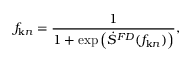
f _ { { \bf k } n } = \frac { 1 } { 1 + \exp \left( \dot { S } ^ { F D } ( f _ { { \bf k } n } ) \right) } ,